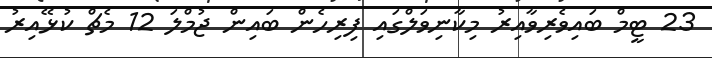
23 ޓީމް ބައިވެރިވާއިރު މިކާނިވަލްގައި ފިރިހެން ބައިން ޖުމްލަ 12 މެޗް ކުޅޭއިރު